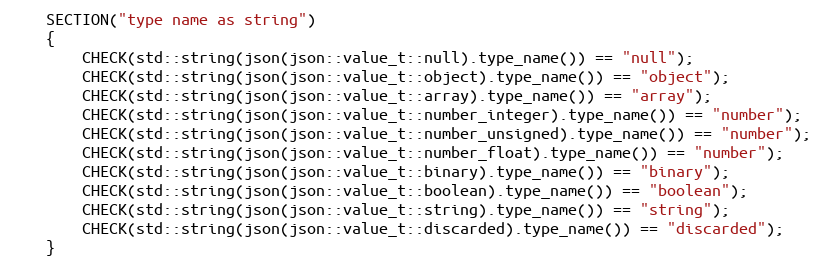
Language: C++
    SECTION("type name as string")
    {
        CHECK(std::string(json(json::value_t::null).type_name()) == "null");
        CHECK(std::string(json(json::value_t::object).type_name()) == "object");
        CHECK(std::string(json(json::value_t::array).type_name()) == "array");
        CHECK(std::string(json(json::value_t::number_integer).type_name()) == "number");
        CHECK(std::string(json(json::value_t::number_unsigned).type_name()) == "number");
        CHECK(std::string(json(json::value_t::number_float).type_name()) == "number");
        CHECK(std::string(json(json::value_t::binary).type_name()) == "binary");
        CHECK(std::string(json(json::value_t::boolean).type_name()) == "boolean");
        CHECK(std::string(json(json::value_t::string).type_name()) == "string");
        CHECK(std::string(json(json::value_t::discarded).type_name()) == "discarded");
    }